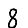
Digit: 8